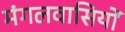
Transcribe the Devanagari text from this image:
मंगलवासियों